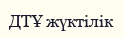
ДТҰ жүктілік